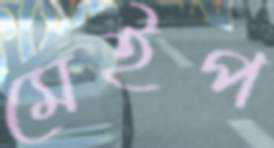
মেইপ